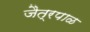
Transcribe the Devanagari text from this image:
जैत्रपाळ